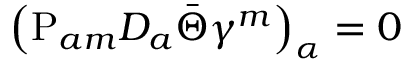
\left( \mathrm { P } _ { a m } D _ { a } \bar { \Theta } \gamma ^ { m } \right) _ { \alpha } = 0